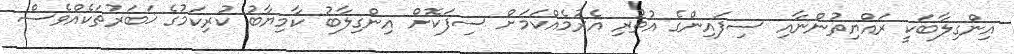
އިންގިލާބަކީ ރައްޔިތުންނާއި ސިފައިންގެ އުތުރި އެރުމެއްކަމަށް ސިފަކޮށް އިންގިލާބު ކާމިޔާބު ކުރިކަމުގެ ޚަބަރުތަކެއްވެސް